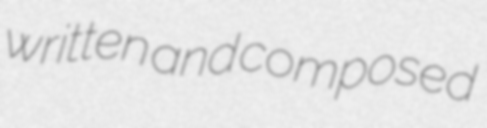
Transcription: written and composed